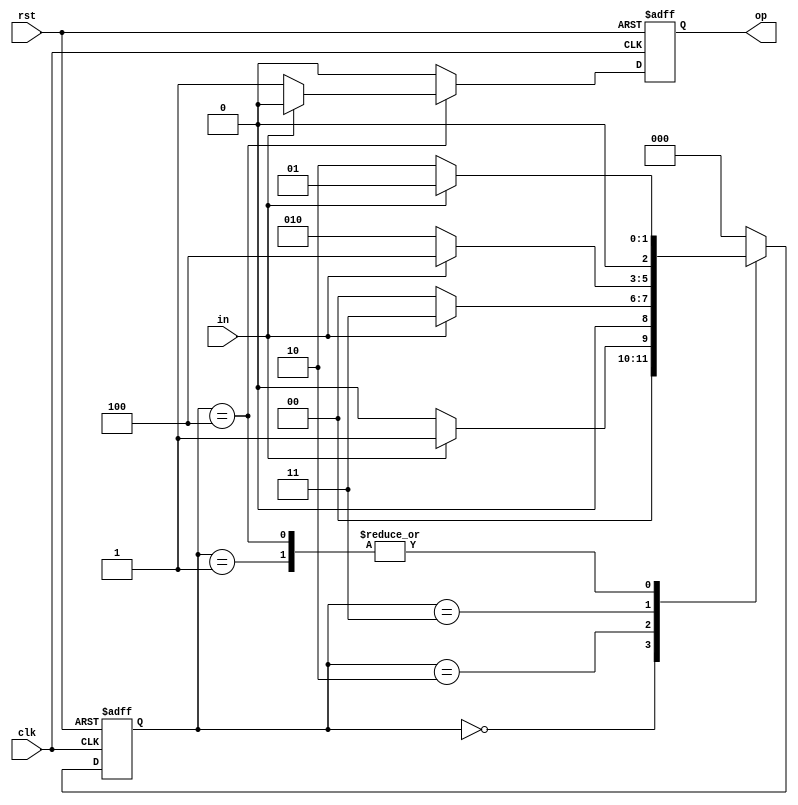
// Detect sequence 10110

module fsm(clk, rst, in, op);
	
	input clk, rst, in;
	output op;
	reg [2:0] state;
	reg op;
	
	always @ (posedge clk, posedge rst)	begin
		if(rst) begin
			state <= 3'b000;
			op <= 0;
		end
		
		else begin
			case(state)
			
				3'b000: begin
					if(in) begin
						state <= 3'b001;
						op <= 0;
					end
					
					else begin
						state <= 3'b000;
						op <= 0;
					end
				end
						
				3'b001: begin
					if(in) begin
						state <= 3'b001;
						op <= 0;
					end
					
					else begin
						state <= 3'b010;
						op <= 0;
					end
				end
						
				3'b010: begin
					if(in) begin
						state <= 3'b011;
						op <= 0;
					end
					
					else begin
						state <= 3'b000;
						op <= 0;
					end
				end
						
				3'b011: begin
					if(in) begin
						state <= 3'b100;
						op <= 0;
					end
					
					else begin
						state <= 3'b010;
						op <= 0;
					end
				end
						
				3'b100: begin
					if(in) begin
						state <= 3'b001;
						op <= 0;
					end
					
					else begin
						state <= 3'b010;
						op <= 1;
					end
				end
						
				default: begin
					state <= 3'b000;
					op <= 0;
				end
			endcase
		end
	end
endmodule

module test;

	reg clk, rst, in;
	wire op;
	reg[0:15] sequence;
	integer i;
	
	fsm duty(clk, rst, in, op);
	
	initial begin
		clk = 0; rst=1;
		sequence = 16'b0101_0111_0111_0110;
		#5 rst = 0;
		
		for(i=0; i<=15; i=i+1) begin
			in = sequence[i];
			#2 clk=1;
			#2 clk=0;
			$display("State = ", duty.state, " Input = ", in, " Output = ",op);
		end
	end
endmodule